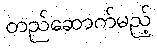
တည်ဆောက်မည့်